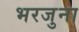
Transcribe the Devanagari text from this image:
भरजुना